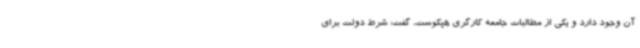
آن وجود دارد و یکی از مطالبات جامعه کارگری هپکوست، گفت: شرط دولت برای